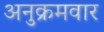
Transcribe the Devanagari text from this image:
अनुक्रमवार